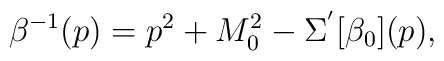
\beta^{-1}(p) =  p^2 + M^2_0 - \Sigma^{'}[\beta_0](p),